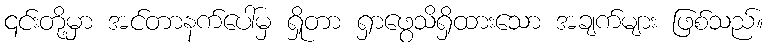
၎င်းတို့မှာ အင်တာနက်ပေါ်မှ ရှိုတာ ရှာဖွေသိရှိထားသော အချက်များ ဖြစ်သည်။